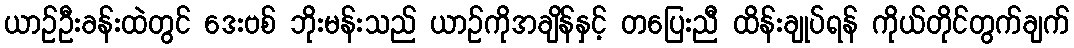
ယာဉ်ဦးခန်းထဲတွင် ဒေးဗစ် ဘိုးမန်းသည် ယာဉ်ကိုအချိန်နှင့် တပြေးညီ ထိန်းချုပ်ရန် ကိုယ်တိုင်တွက်ချက်